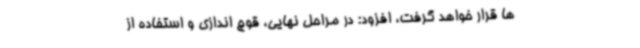
ها قرار خواهد گرفت، افزود: در مراحل نهایی، قوچ اندازی و استفاده از